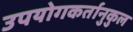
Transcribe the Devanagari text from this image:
उपयोगकर्तानुकुल